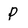
Character: P